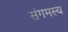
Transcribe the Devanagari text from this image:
संगमस्य